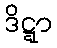
ဒိဋ္ဋာ